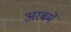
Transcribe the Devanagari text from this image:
अरबमें